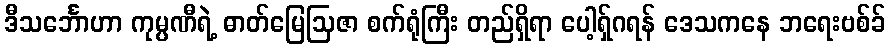
ဒီသင်္ဘောဟာ ကုမ္ပဏီရဲ့ ဓာတ်မြေဩဇာ စက်ရုံကြီး တည်ရှိရာ ပေါ့ရှ်ဂရန် ဒေသကနေ ဘရေးဗစ်ခ်